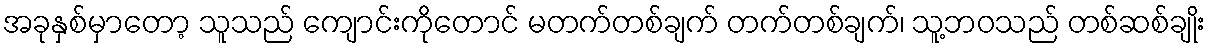
အခုနှစ်မှာတော့ သူသည် ကျောင်းကိုတောင် မတက်တစ်ချက် တက်တစ်ချက်၊ သူ့ဘဝသည် တစ်ဆစ်ချိုး